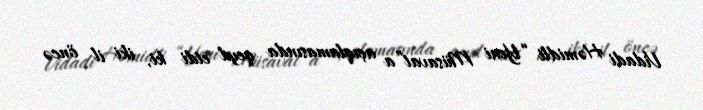
Vidadi Həmidli “Yeni Müsavat”a açıqlamasında qeyd etdi ki, iki il öncə